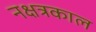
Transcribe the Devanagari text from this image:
नक्षत्रकाल